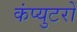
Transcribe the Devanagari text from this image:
कंप्युटरों